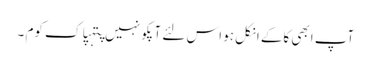
آپ ابھی کاکے انکل ہو اس لئے آپکو نہیں پتہپاک کوم ۔